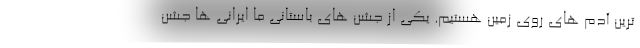
ترین آدم های روی زمین هستیم. یکی از جشن های باستانی ما ایرانی ها جشن